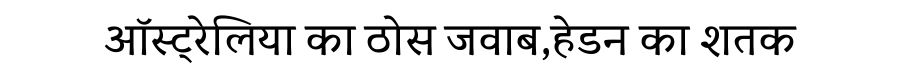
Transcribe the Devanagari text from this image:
ऑस्ट्रेलिया का ठोस जवाब,हेडन का शतक